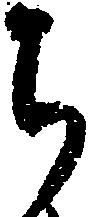
ち